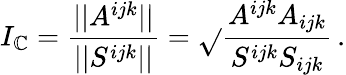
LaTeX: I_{\mathbb{C}}=\frac{{||A^{ijk}||}}{{||S^{ijk}||}}=\sqrt{}{{\frac{{A^{ijk}A_{ijk}}}{{S^{ijk}S_{ijk}}}}}\, .